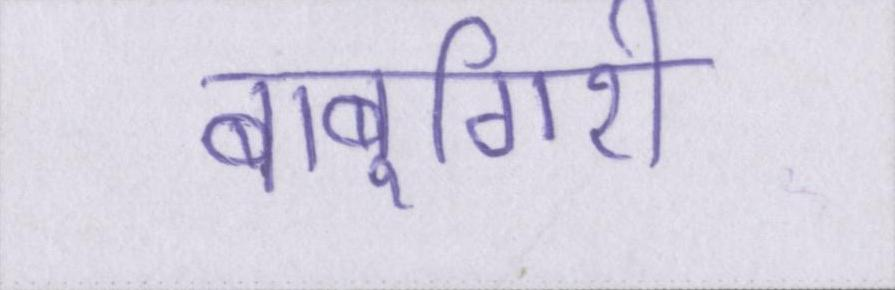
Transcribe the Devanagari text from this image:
बाबूगिरी